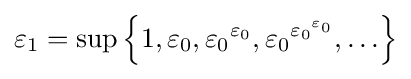
\varepsilon _{1}=\sup \left\{1,\varepsilon _{0},{\varepsilon _{0}}^{\varepsilon _{0}},{\varepsilon _{0}}^{{\varepsilon _{0}}^{\varepsilon _{0}}},\ldots \right\}